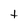
Character: t